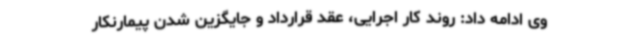
وی ادامه داد: روند کار اجرایی، عقد قرارداد و جایگزین شدن پیمارنکار